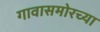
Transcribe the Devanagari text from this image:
गावासमोरच्या